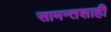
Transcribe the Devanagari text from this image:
सामन्तशाही